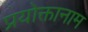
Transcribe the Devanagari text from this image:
प्रयोक्तानाम